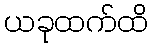
ယခုထက်ထိ